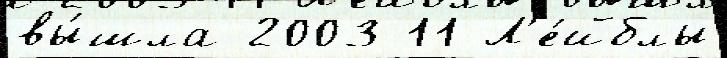
вы́шла 2003 11 Л'е́йблы